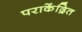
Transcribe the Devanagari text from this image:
पराकेंद्रित